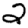
Digit: 2